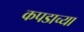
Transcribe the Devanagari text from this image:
कपडाच्या